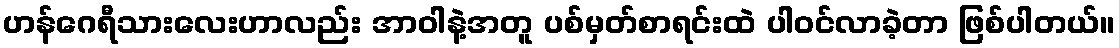
ဟန်ဂေရီသားလေးဟာလည်း အာဝါနဲ့အတူ ပစ်မှတ်စာရင်းထဲ ပါဝင်လာခဲ့တာ ဖြစ်ပါတယ်။